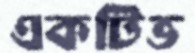
একটিভ